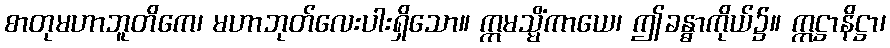
စာတုမဟာဘူတိကေ၊ မဟာဘုတ်လေးပါးရှိသော။ ဣမသ္မိံကာယေ၊ ဤခန္ဓာကိုယ်၌။ ဣဋ္ဌာနိဋ္ဌာ၊